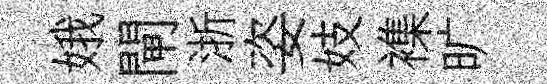
娥閘浙姿妓襍旷